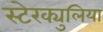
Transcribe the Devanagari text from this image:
स्टेरक्युलिया